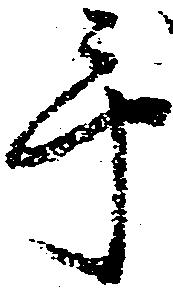
手